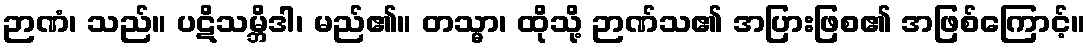
ဉာဏံ၊ သည်။ ပဋိသမ္ဘိဒါ၊ မည်၏။ တသ္မာ၊ ထိုသို့ ဉာဏ်သ၏ အပြားဖြစ၏ အဖြစ်ကြောင့်။